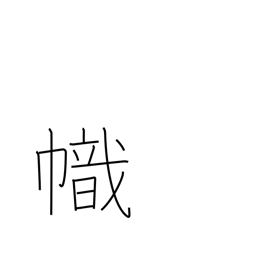
Meaning: streamer